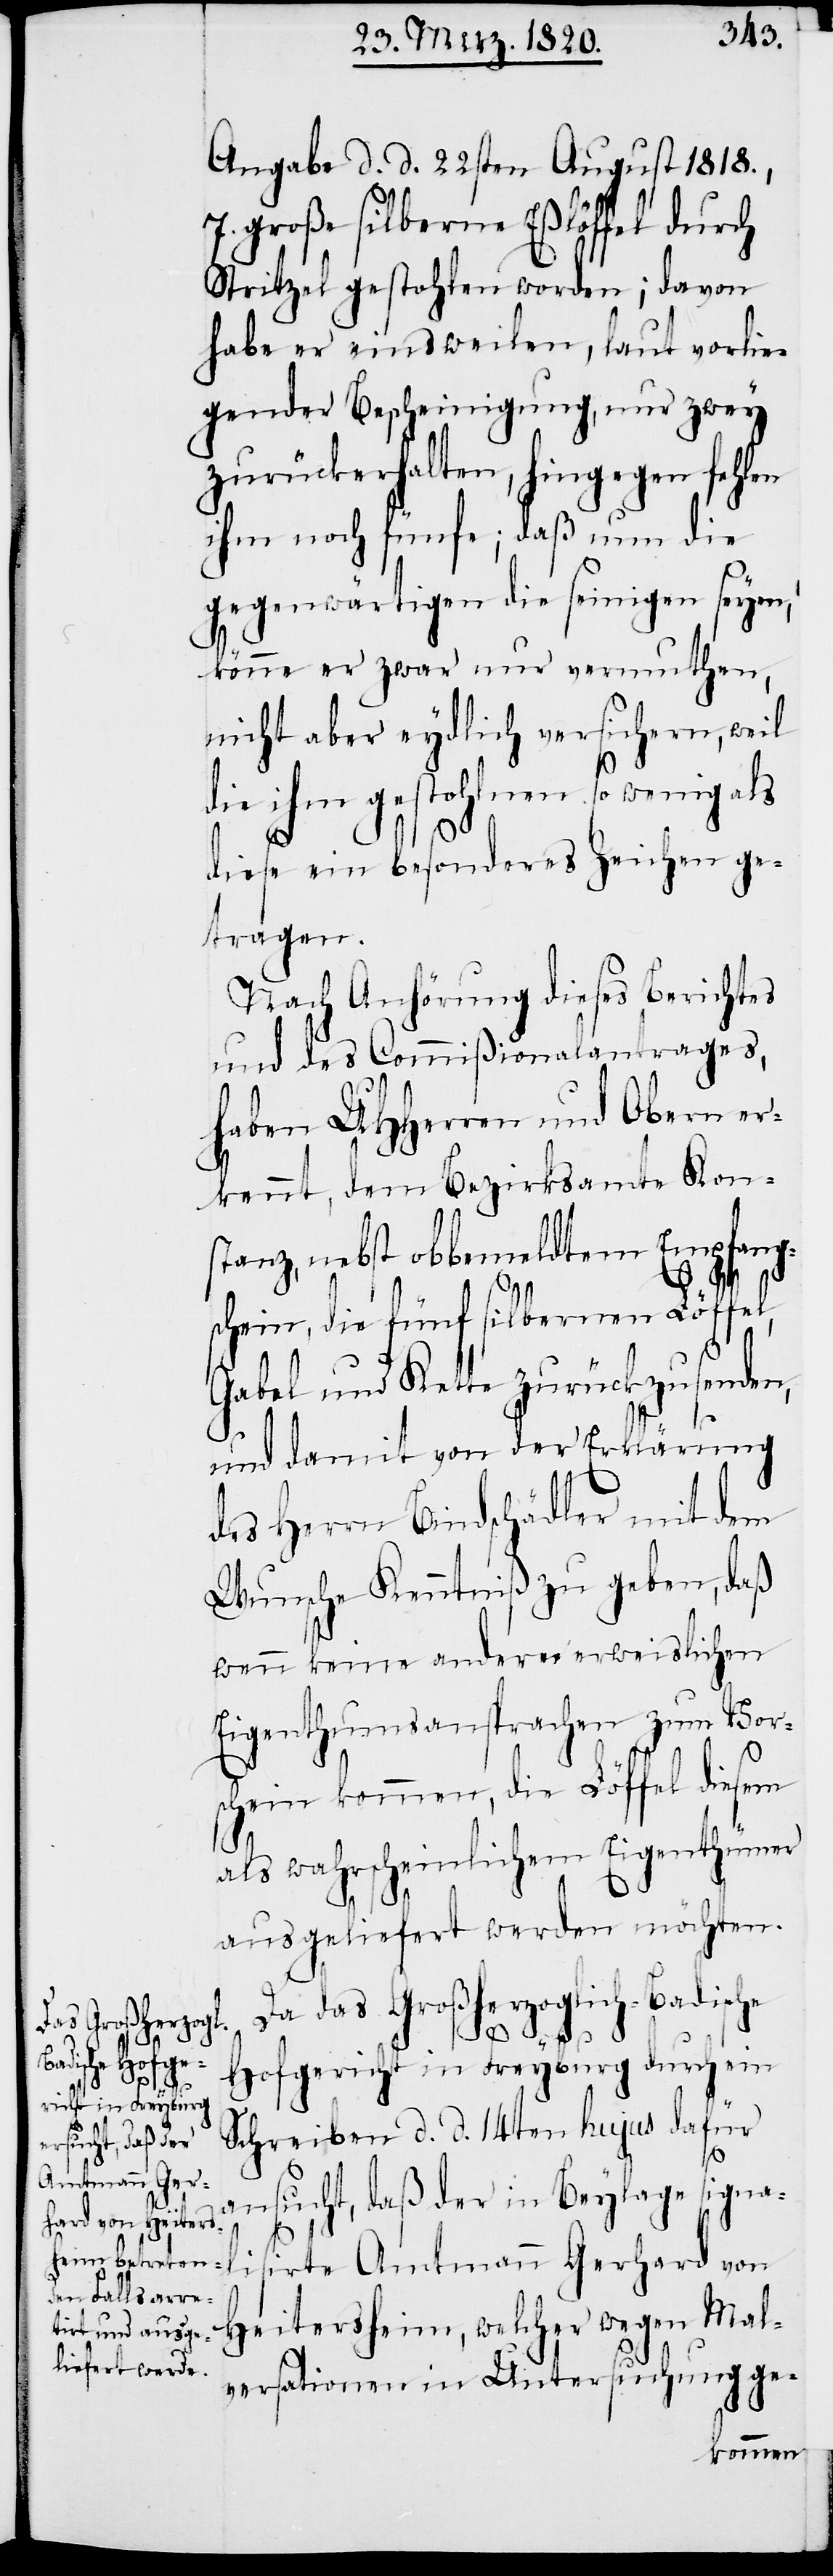
Angabe d. d. 22sten August 1818.,
7. große silberne Eßlöffel durch
Stritzel gestohlen worden; davon
habe er einsweilen, laut vorlie¬
gender Bescheinigung, nur zwey
zurückerhalten, hingegen fehlen
ihm noch fünfe; daß nun die
gegenwärtigen die seinigen seyen,
könne er zwar nur vermuthen,
nicht aber eydlich versichern, weil
die ihm gestohlnen so wenig als
diese ein besonderes Zeichen ge¬
tragen.
Nach Anhörung dieses Berichtes
und des Commißionalantrages,
haben UHHerren und Obern er¬
kennt, dem Bezirksamte Kon¬
stanz, nebst obbemeldtem Empfang¬
schein, die fünf silbernen Löffel,
Gabel und Kette zurückzusenden,
und damit von der Erklärung
des Herrn Bindschädler mit dem
Wunsche Kenntniß zu geben, daß
wenn keine anderen erweislichen
Eigenthumsansprachen zum Vors¬
chein kommen, die Löffel diesem
als wahrscheinlichem Eigenthümer
ausgeliefert werden möchten.
Da das Großherzoglich-Badische
Hofgericht in Freyburg durch ein
Schreiben d. d. 14ten hujus dafür
sucht, daß der in Beylage signali¬
an¬
sirte Amtmann Gerhard von
Heitersheim, welcher wegen Mal¬
versationen in Untersuchung ge-